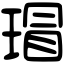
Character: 瑁